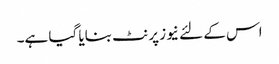
اس کے لئے نیوز پرنٹ بنایا گیا ہے۔